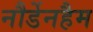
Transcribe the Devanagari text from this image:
नौर्डेनहैम